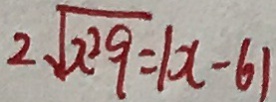
2 \sqrt { x ^ { 2 } 9 } = \vert x - 6 \vert